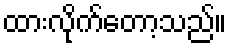
ထားလိုက်တော့သည်။